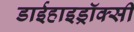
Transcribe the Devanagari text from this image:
डाईहाइड्रॉक्सी